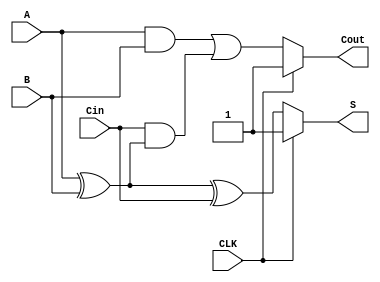
module dynamic_full_adder (
    input wire A,      // First input bit
    input wire B,      // Second input bit
    input wire Cin,    // Carry-in bit
    output wire S,     // Sum output
    output wire Cout,  // Carry-out output
    input wire CLK     // Clock signal for dynamic operation
);

// Internal signals for the dynamic logic
wire precharge_S, precharge_Cout;
wire eval_S, eval_Cout;

// Precharge phase (when CLK is high)
assign precharge_S = 1'b1; // Precharge output S to high
assign precharge_Cout = 1'b1; // Precharge output Cout to high

// Evaluate phase (when CLK is low)
assign eval_S = A ^ B ^ Cin; // Sum calculation
assign eval_Cout = (A & B) | (Cin & (A ^ B)); // Carry-out calculation

// Output logic based on clock
assign S = (CLK) ? precharge_S : eval_S; // Output S during precharge or evaluation
assign Cout = (CLK) ? precharge_Cout : eval_Cout; // Output Cout during precharge or evaluation

endmodule